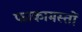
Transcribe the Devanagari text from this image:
फाकामस्तों